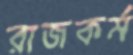
রাজকর্ম